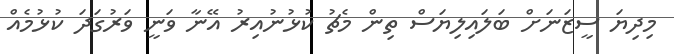
މިދިޔަ ސީޒަނަށް ބަލައިލިޔަސް ތިން މެޗު ކުޅުނުއިރު އޭނާ ވަނީ ވަރުގަދަ ކުޅުމެއް